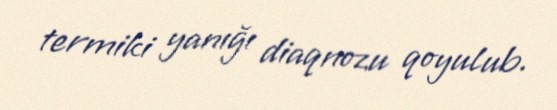
termiki yanığı diaqnozu qoyulub.